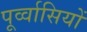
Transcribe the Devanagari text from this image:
पूर्व्वासियों